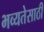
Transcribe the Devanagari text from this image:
भव्यतेसाठी